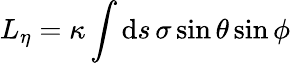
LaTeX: L_{\eta}=\kappa\int\mathrm{d}s\, \sigma\sin\theta\sin\phi